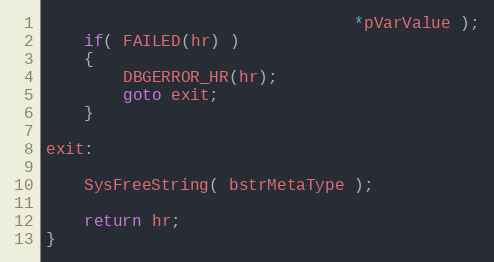
Language: C++
                                *pVarValue );
    if( FAILED(hr) )
    {
        DBGERROR_HR(hr);
        goto exit;
    }

exit:

    SysFreeString( bstrMetaType );

    return hr;
}